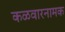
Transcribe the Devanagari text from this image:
कळवारनामक